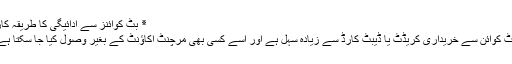
٭ بِٹ کوائنز سے ادائیگی کا طریقۂ کار
بِٹ کوائن سے خریداری کریڈٹ یا ڈیبٹ کارڈ سے زیادہ سہل ہے اور اسے کسی بھی مرچنٹ اکاؤنٹ کے بغیر وصول کیا جا سکتا ہے۔